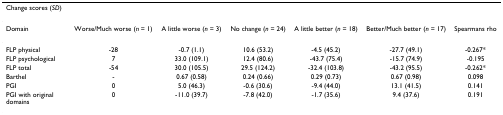
<table><thead><tr><td colspan="7"><b>Change scores (<i>SD</i>)</b></td></tr></thead><tbody><tr><td>Domain</td><td>Worse/Much worse (<i>n </i>= 1)</td><td>A little worse (<i>n </i>= 3)</td><td>No change (<i>n </i>= 24)</td><td>A little better (<i>n </i>= 18)</td><td>Better/Much better (<i>n </i>= 17)</td><td>Spearmans rho</td></tr><tr><td>FLP physical</td><td>-28</td><td>-0.7 (1.1)</td><td>10.6 (53.2)</td><td>-4.5 (45.2)</td><td>-27.7 (49.1)</td><td>-0.267*</td></tr><tr><td>FLP psychological</td><td>7</td><td>33.0 (109.1)</td><td>12.4 (80.6)</td><td>-43.7 (75.4)</td><td>-15.7 (74.9)</td><td>-0.195</td></tr><tr><td>FLP total</td><td>-54</td><td>30.0 (105.5)</td><td>29.5 (124.2)</td><td>-32.4 (103.8)</td><td>-43.2 (95.5)</td><td>-0.262*</td></tr><tr><td>Barthel</td><td>-</td><td>0.67 (0.58)</td><td>0.24 (0.66)</td><td>0.29 (0.73)</td><td>0.67 (0.98)</td><td>0.098</td></tr><tr><td>PGI</td><td>0</td><td>5.0 (46.3)</td><td>-0.6 (30.6)</td><td>-9.4 (44.0)</td><td>13.1 (41.5)</td><td>0.141</td></tr><tr><td>PGI with original domains</td><td>0</td><td>-11.0 (39.7)</td><td>-7.8 (42.0)</td><td>-1.7 (35.6)</td><td>9.4 (37.6)</td><td>0.191</td></tr></tbody></table>